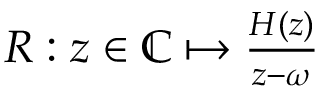
\begin{array} { r } { \begin{array} { r } { R : z \in \mathbb { C } \mapsto \frac { H ( z ) } { z - \omega } } \end{array} } \end{array}